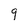
Character: 9